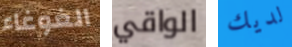
الغوغاء الواقي لديك